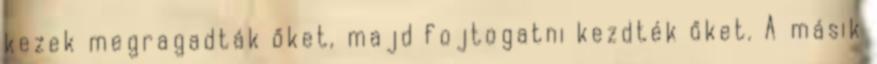
kezek megragadták őket, majd fojtogatni kezdték őket. A másik